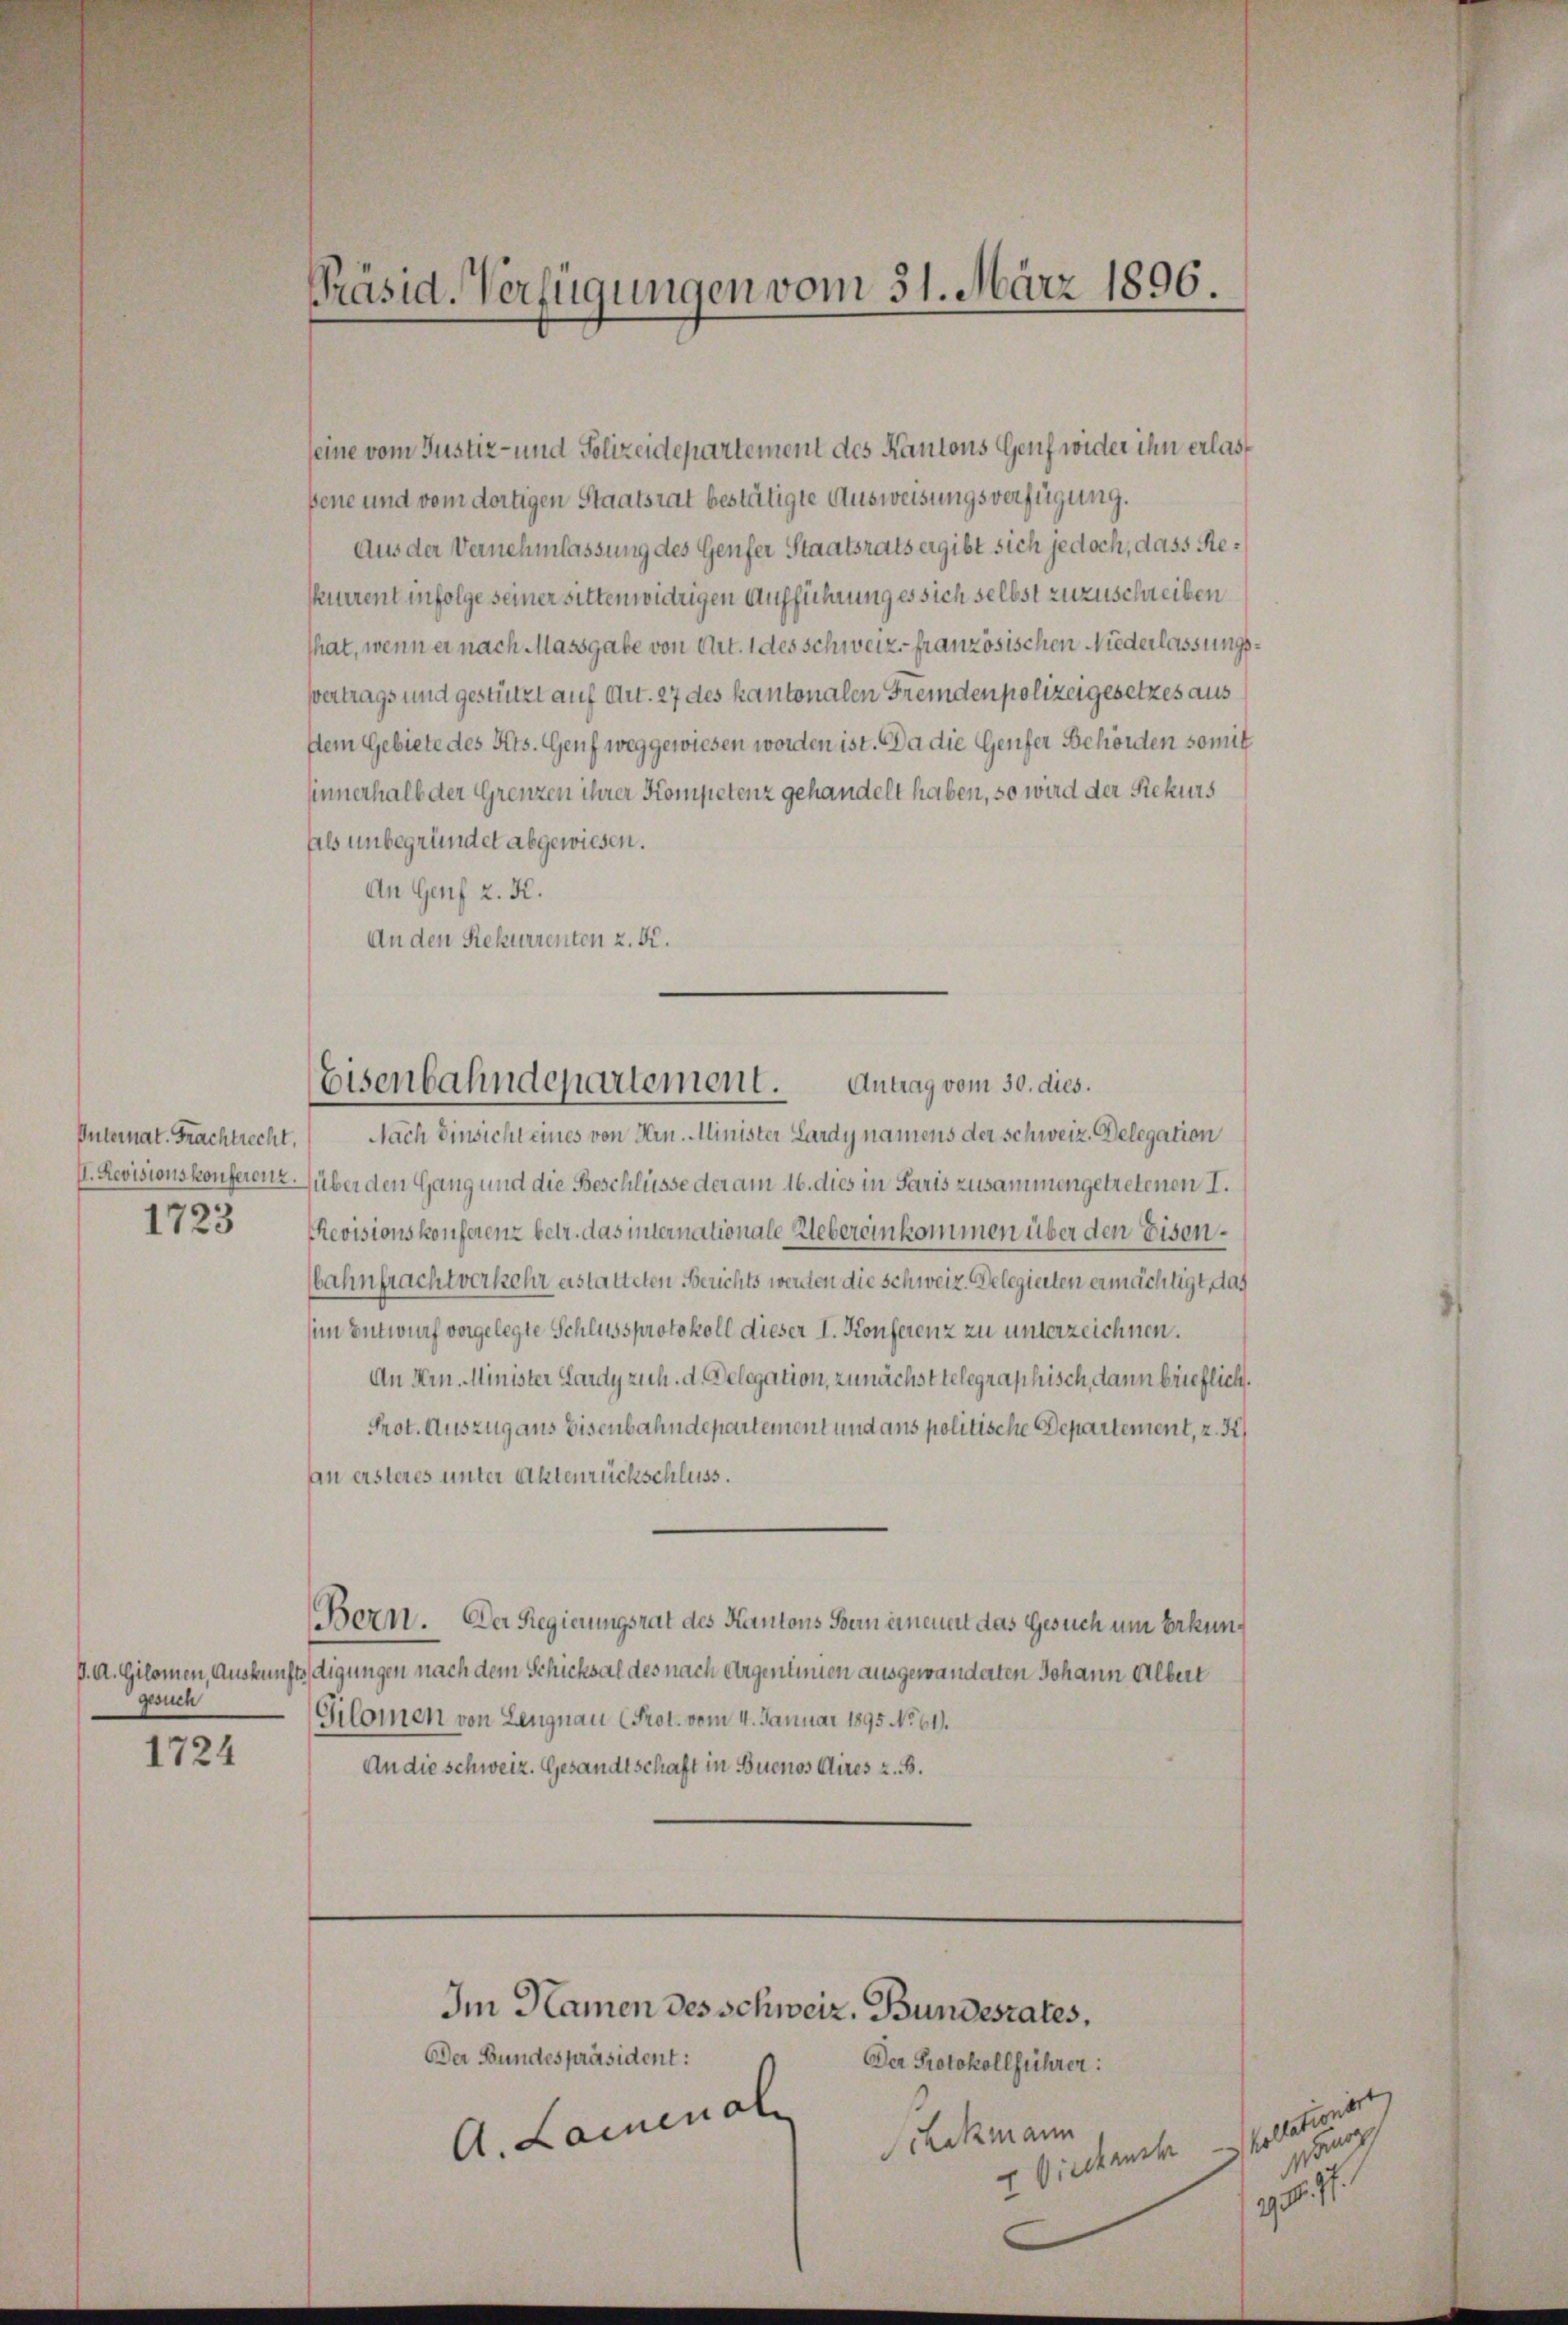
Internat. Frachtrecht,
1723

seine vom Justiz- und Polizeidepartement des Kantons Genf wider ihn erlasbene und vom dortigen Staatsrat bestätigte Ausweisungsverfügung.
Aus der Vernehmlassung des Genfer Staatsrats ergibt sich jedoch, dass Reskurrent infolge seiner sittenwidrigen Aufführung es sich selbst zuzuschreiben
hat, wenn er nach Massgabe von Art. 1 des schweiz, französischen Niederlassungs¬
Vertrags und gestützt auf Art. 27 des kantonalen Fremdenpolizeigesetzes aus
stem Gebiete des Kts. Genf weggewiesen worden ist. Da die Genfer Behörden somit
sinnerhalb der Grenzen ihrer Kompetenz gehandelt haben, so wird der Rekurs
Als unbegründet abgewiesen.
An Genf z. K.
An den Rekurrenten z. B.
Nach Einsicht eines von Hrn. Minister Lardy namens der Schweiz. Delegation
I. Revisionskonferenz über den Gang und die Beschlüsse der am 16. dies in Paris zusammengetretenen I.
Revisionskonferenz betr. das internationale Uebereinkommen über den Eisen¬
Wahnfrachtverkehr erstatteten Berichts werden die Schweiz. Delegierten ermächtigt, das
(im Entwurf vorgelegte Schlussprotokoll dieser I. Konferenz zu unterzeichnen.
An Hrn. Minister Lardy zich. d. Delegation, zunächst telegraphisch, dann brieflich.
Prot. Auszug aus Eisenbahndepartement und ans politische Departement, z. H
an ersteres unter Aktenrückschluss.
Bern. Der Regierungsrat des Kantons Bern einenert das Gesuch um Erkun¬
P. A. Gilomen, Auskunftsdigungen nach dem Schicksal des nach Argentimen ausgewanderten Johann Albert
gesuch
Gilomen von Lengnau (Prot. vom 4. Januar 1895 No 611.
1724
An die schweiz. Gesandtschaft in Buenos Aires z. B.
Im Namen des schweiz. Bundesrates,
Der Bundespräsident:
Der Protokollführer:
A. Laminal
Schckmann
E. Viehwehr

Präsid. Verfügungen vom 31. März 1896.

Antrag vom 30. dies.
Eisenbahndepartement.

stellungen
snach
7
g . .